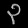
Digit: ၃